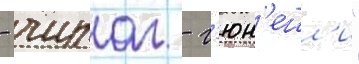
- чираг - г'юн'ешл'и"